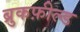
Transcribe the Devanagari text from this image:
ब्रुकफ़ील्ड